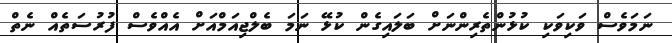
ނަމަވެސް ވަކިވަކި ކުޅުންތެރިންނަށް ބަލައިގެން ކުޅޭ ނަމަ ބެލްޖިއަމްއަށް އެއްވެސް ފުރުސަތެއް ނެތް